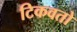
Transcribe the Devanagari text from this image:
टिकवतो